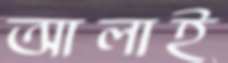
আলাই